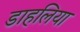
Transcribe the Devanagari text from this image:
डाहलिया